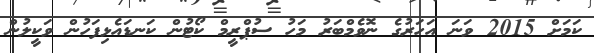
ކަމަށް 2015 ވަނަ އަހަރުގެ ނޮވެމްބަރު މަހު ސުޕްރީމް ކޯޓުން ކަނޑައެޅިފަހުން ވަކީލުން